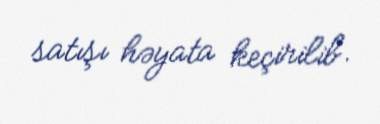
satışı həyata keçirilib.